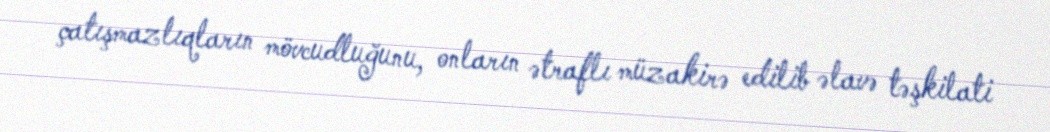
çatışmazlıqların mövcudluğunu, onların ətraflı müzakirə edilib əlavə təşkilati